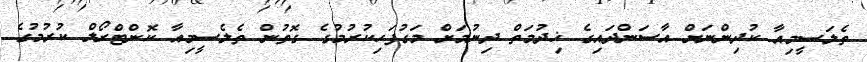
ތެލަސީމިއާ ކުދިންނަށް އާސަންދައިގެ ޚިދުމަތް ދިނުމަށް މަގުފަހިކުރުމުގެ ގޮތުން ތެލެސީމިއާ ކޮންޓްރޯލް ކުރުމުގެ